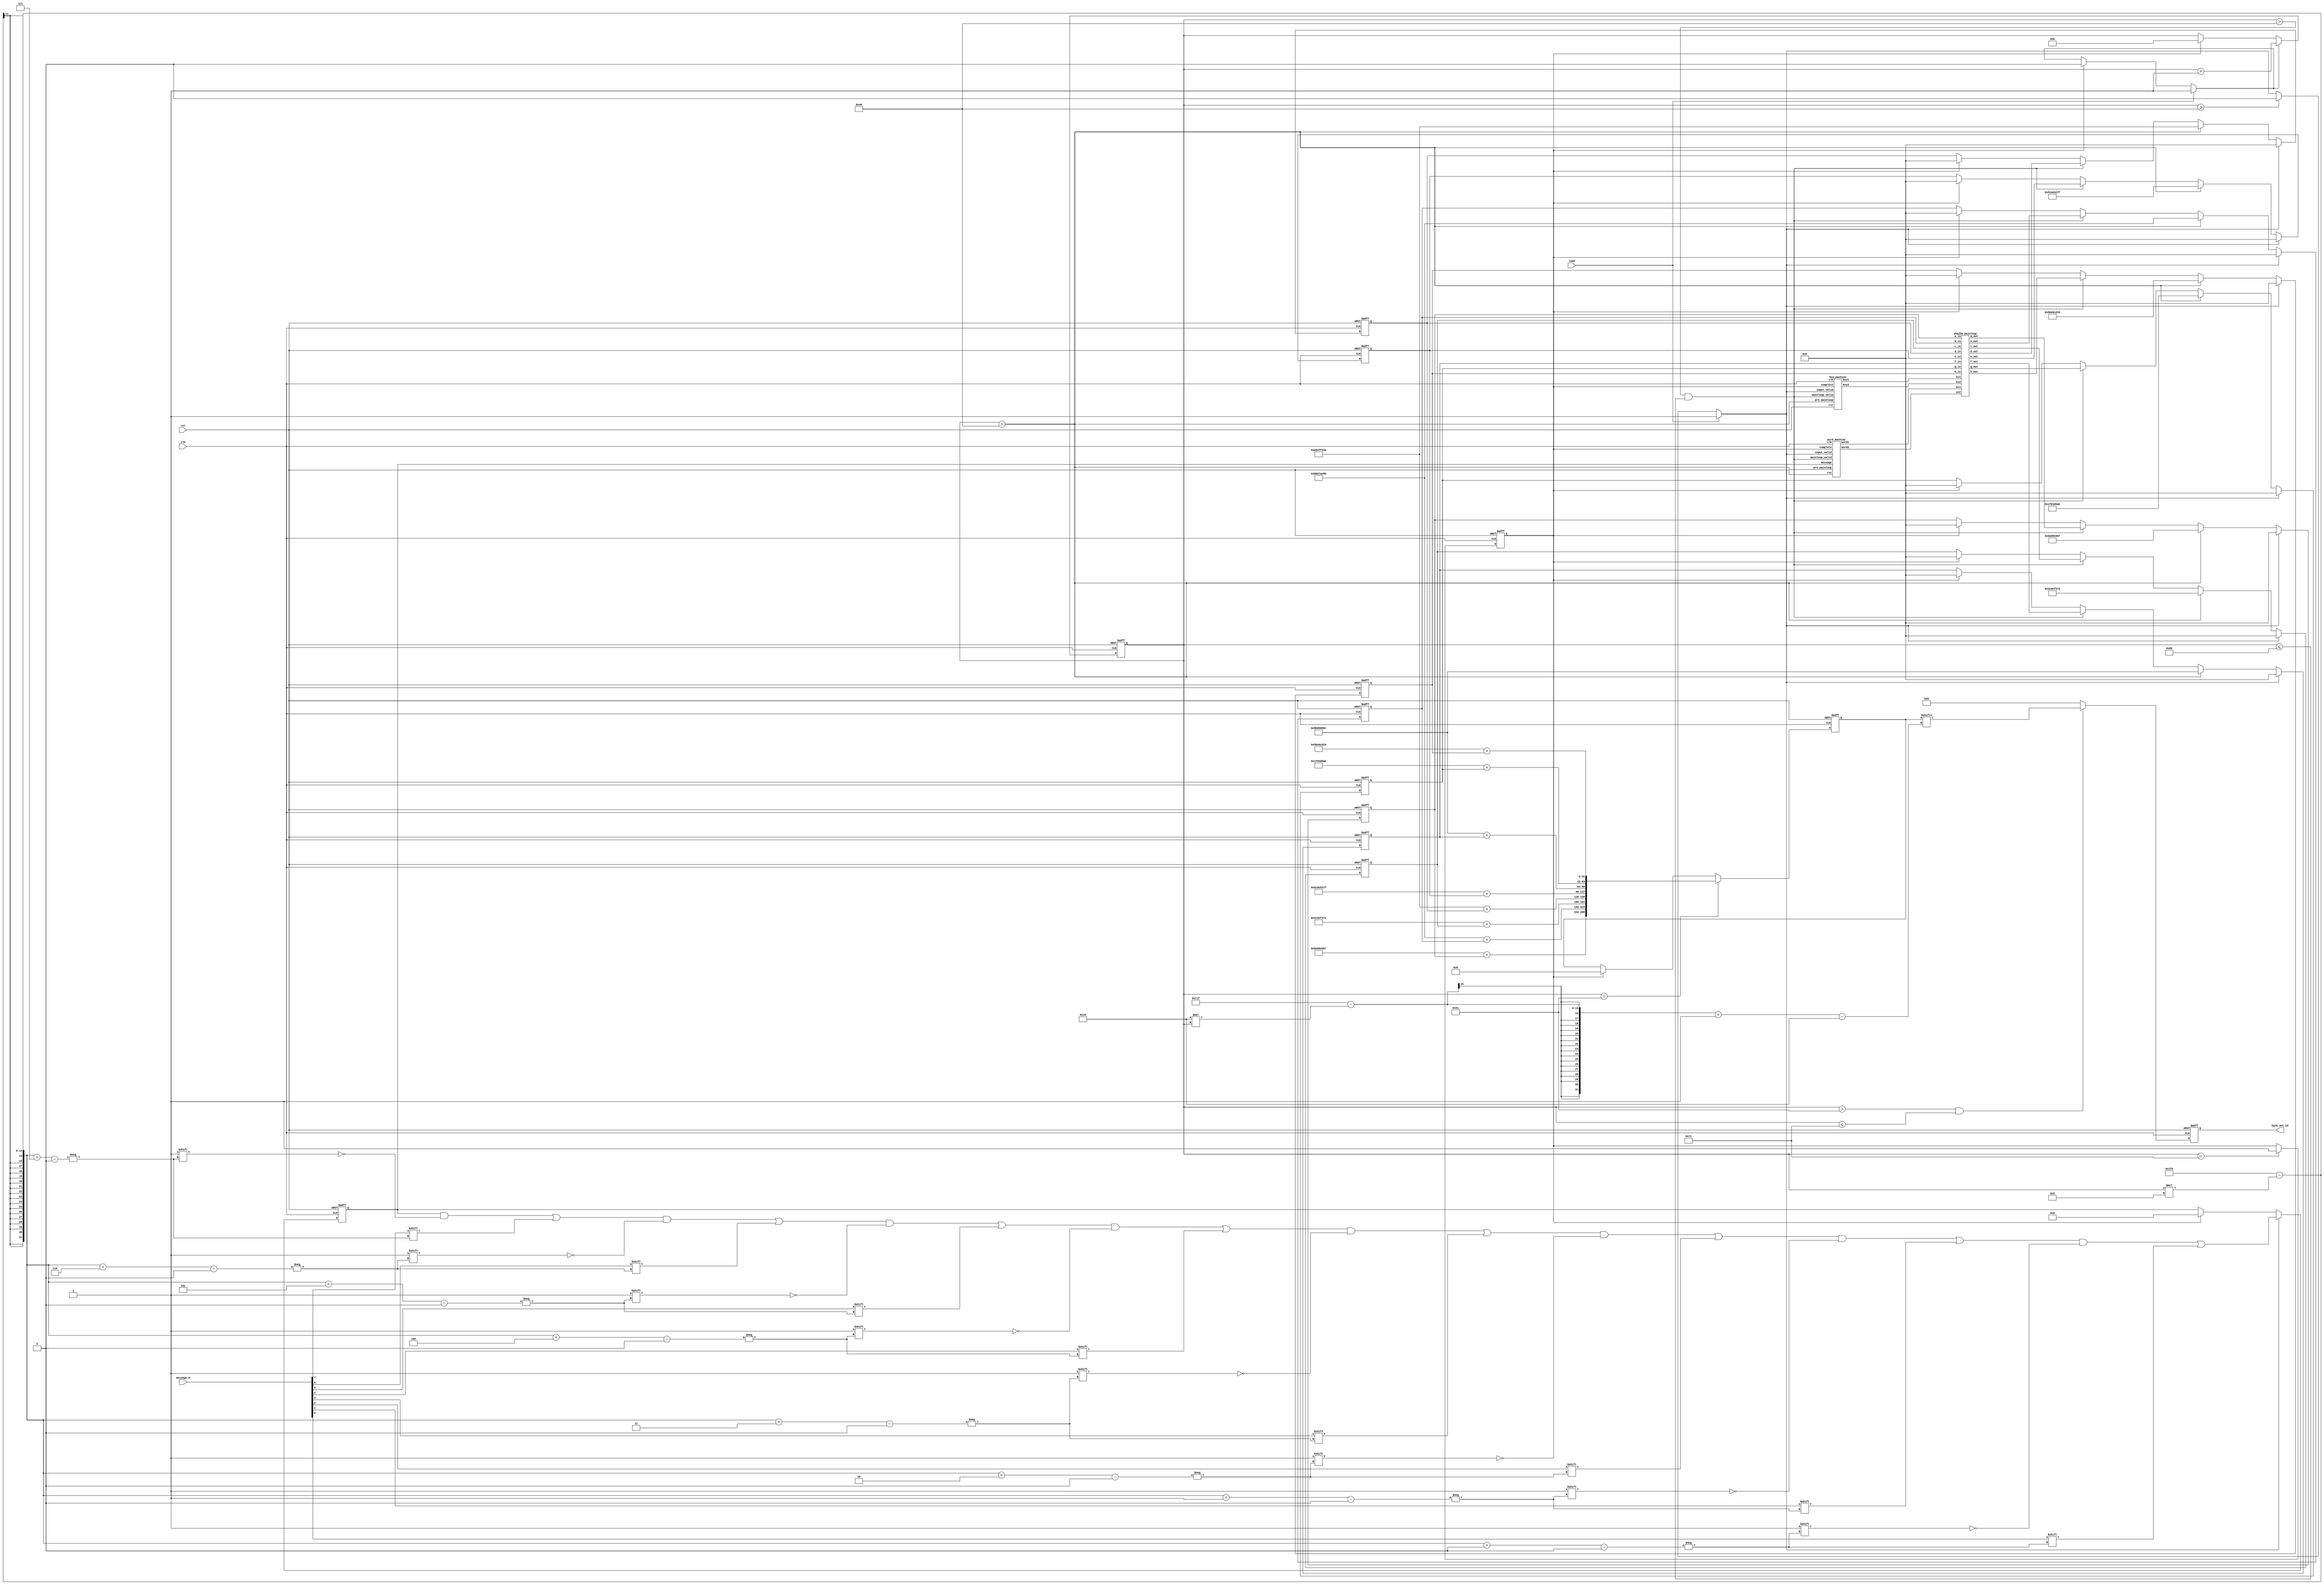
module sha256(clk, rst, load, message_8, hash_out_16);
    input  clk, rst, load;
    input [7:0] message_8;
    output [15:0] hash_out_16;

    reg [15:0] hash_out_16;
    reg [255:0] hash_out;
    reg [511:0] message_pre;
    reg [9:0] round;
    wire [31:0] h0 = 32'h6A09E667, h1 = 32'hBB67AE85, h2 = 32'h3C6EF372, h3 = 32'hA54FF53A;
    wire [31:0] h4 = 32'h510E527F, h5 = 32'h9B05688C, h6 = 32'h1F83D9AB, h7 = 32'h5BE0CD19;
    reg [31:0] a_q, b_q, c_q, d_q, e_q, f_q, g_q, h_q;
    wire [31:0] a_d, b_d, c_d, d_d, e_d, f_d, g_d, h_d;
    wire [31:0] keyi1, wordi1, keyi2, wordi2;
    wire output_valid;
    wire input_valid;
    wire pre_mainloop;
    wire mainloop_valid;
    wire operate_valid;
    reg complete;
    integer i;

    assign output_valid = (round > 97 && round <= 113);
    assign input_valid = load ? 1 : ( round >= 64 ? 0 : input_valid);
    assign mainloop_valid = ( round > 64 && round <= 96 );
    assign pre_mainloop = ( round == 64 );
    assign pre_output = ( round == 97 );
    assign operate_valid = load ? 1 : (complete ? 0 : operate_valid);

    always @(posedge clk or posedge rst)begin
        if (rst) begin
            complete <= 0;
        end
        else if (round == 113) begin
            complete <= 1;
        end
        else begin
            complete <= complete;
        end
    end

    always @(posedge clk or posedge rst) begin
        if (rst) begin
            message_pre <= 0;
        end
        else if (input_valid) begin
            for (i = 7; i >= 0; i = i - 1) begin
                message_pre[504 - round * 8 + i] <= message_8[i];
            end
        end
        else if (complete) begin
            message_pre <= 0;
        end
        else begin
            message_pre <= message_pre;
        end
    end

    always @(posedge clk or posedge rst) begin
        if (rst) begin
            a_q <= 0; b_q <= 0; c_q <= 0; d_q <= 0;
            e_q <= 0; f_q <= 0; g_q <= 0; h_q <= 0;
        end
        else if (input_valid) begin
            a_q <= 0; b_q <= 0; c_q <= 0; d_q <= 0;
            e_q <= 0; f_q <= 0; g_q <= 0; h_q <= 0;
        end
        else if (pre_mainloop) begin
            a_q <= h0; b_q <= h1; c_q <= h2; d_q <= h3;
            e_q <= h4; f_q <= h5; g_q <= h6; h_q <= h7;
        end
        else if (mainloop_valid) begin
            a_q <= a_d; b_q <= b_d; c_q <= c_d; d_q <= d_d;
            e_q <= e_d; f_q <= f_d; g_q <= g_d; h_q <= h_d;
        end
        else if (complete) begin
            a_q <= 0; b_q <= 0; c_q <= 0; d_q <= 0;
            e_q <= 0; f_q <= 0; g_q <= 0; h_q <= 0;
        end
        else begin
            a_q <= a_q; b_q <= b_q; c_q <= c_q; d_q <= d_q;
            e_q <= e_q; f_q <= f_q; g_q <= g_q; h_q <= h_q;
        end
    end

    always @(posedge clk or posedge rst) begin
        if (rst) begin
            hash_out_16 <= 0;
        end
        else if (output_valid) begin
            hash_out_16[15:0] <= hash_out[1823 - 16 * round -:16];
        end
        else if (complete) begin
            hash_out_16 <= 0;
        end
        else begin
            hash_out_16 <= 0;
        end
    end

    always @(posedge clk or posedge rst) begin
        if (rst) begin
            round <= 0;
        end
        else if (operate_valid) begin
            round <= round + 1;
        end
        else if (complete) begin
            round <= 0;
        end
        else begin
            round <= round;
        end
    end

    always @(posedge clk or posedge rst) begin
        if (rst) begin
            hash_out <= 0;
        end
        else if (pre_output) begin
            hash_out <= {h0+a_q, h1+b_q, h2+c_q, h3+d_q, h4+e_q, h5+f_q, h6+g_q, h7+h_q};
        end
        else if (complete) begin
            hash_out <= 0;
        end
        else begin
            hash_out <= hash_out;
        end
    end

    sha256_mainloop sha256_mainloop0(
        .ki1(keyi1), .wi1(wordi1), .ki2(keyi2), .wi2(wordi2),
        .a_in(a_q), .b_in(b_q), .c_in(c_q), .d_in(d_q),
        .e_in(e_q), .f_in(f_q), .g_in(g_q), .h_in(h_q),
        .a_out(a_d), .b_out(b_d), .c_out(c_d), .d_out(d_d),
        .e_out(e_d), .f_out(f_d), .g_out(g_d), .h_out(h_d)
    );
    word_machine word_machine0(.clk(clk), .rst(rst), .input_valid(input_valid), .pre_mainloop(pre_mainloop), .mainloop_valid(mainloop_valid), .complete(complete), .message(message_pre), .word1(wordi1), .word2(wordi2));
    key_machine key_machine0(.clk(clk), .rst(rst), .input_valid(input_valid), .pre_mainloop(pre_mainloop), .mainloop_valid(mainloop_valid), .complete(complete), .key1(keyi1), .key2(keyi2));
endmodule

module sha256_mainloop(ki1, wi1, ki2, wi2, a_in, b_in, c_in, d_in, e_in, f_in, g_in, h_in, a_out, b_out, c_out, d_out, e_out, f_out, g_out, h_out);
    input [31:0] ki1, wi1, ki2, wi2;
    input [31:0] a_in, b_in, c_in, d_in, e_in, f_in, g_in, h_in;
    output [31:0] a_out, b_out, c_out, d_out, e_out, f_out, g_out, h_out;
    wire [31:0] ch1, maj1, S01, S11, t11, t21;
    wire [31:0] ch2, maj2, S02, S12, t12, t22;
    wire [31:0] a_m, b_m, c_m, d_m, e_m, f_m, g_m, h_m;

    assign ch1 = ((e_in & f_in) ^ (~e_in & g_in));
    assign maj1 = (a_in & b_in) ^ (a_in & c_in) ^ (b_in & c_in);
    assign S01 = ({a_in[1:0], a_in[31:2]} ^ {a_in[12:0], a_in[31:13]} ^ {a_in[21:0], a_in[31:22]});
    assign S11 = ({e_in[5:0], e_in[31:6]} ^ {e_in[10:0], e_in[31:11]} ^ {e_in[24:0], e_in[31:25]});
    assign t11 = h_in + S11 + ch1 + ki1 + wi1;
    assign t21 = S01 + maj1;
    assign a_m = t11 + t21;
    assign b_m = a_in;
    assign c_m = b_in;
    assign d_m = c_in;
    assign e_m = d_in + t11;
    assign f_m = e_in;
    assign g_m = f_in;
    assign h_m = g_in;

    assign ch2 = ((e_m & f_m) ^ (~e_m & g_m));
    assign maj2 = (a_m & b_m) ^ (a_m & c_m) ^ (b_m & c_m);
    assign S02 = ({a_m[1:0], a_m[31:2]} ^ {a_m[12:0], a_m[31:13]} ^ {a_m[21:0], a_m[31:22]});
    assign S12 = ({e_m[5:0], e_m[31:6]} ^ {e_m[10:0], e_m[31:11]} ^ {e_m[24:0], e_m[31:25]});
    assign t12 = h_m + S12 + ch2 + ki2 + wi2;
    assign t22 = S02 + maj2;
    assign a_out = t12 + t22;
    assign b_out = a_m;
    assign c_out = b_m;
    assign d_out = c_m;
    assign e_out = d_m + t12;
    assign f_out = e_m;
    assign g_out = f_m;
    assign h_out = g_m;
endmodule

module word_machine(clk, rst, input_valid, pre_mainloop, mainloop_valid, complete, message, word1, word2);
    input clk, rst;
    input input_valid, pre_mainloop, mainloop_valid, complete;
    input [511:0] message;
    output [31:0] word1, word2;
    wire [31:0] word_i_2, word_i_15, word_i_7, word_i_16, word_next1, s01, s11;
    wire [31:0] word_i_1, word_i_14, word_i_6, word_next2, s02, s12;
    reg [511:0] wordstack_q;
    wire [511:0] wordstack_d;

    assign word_i_2 = wordstack_q[63:32];
    assign word_i_15 = wordstack_q[479:448];
    assign word_i_7 = wordstack_q[223:192];
    assign word_i_16 = wordstack_q[511:480];
    assign word_next1 = s11 + word_i_7 + s01 + word_i_16;
    assign s01 = ({word_i_15[6:0], word_i_15[31:7]} ^ {word_i_15[17:0], word_i_15[31:18]} ^ (word_i_15 >> 3));
    assign s11 = ({word_i_2[16:0], word_i_2[31:17]} ^ {word_i_2[18:0], word_i_2[31:19]} ^ (word_i_2 >> 10));
    assign word1 = wordstack_q[511:480];

    assign word_i_1 = wordstack_q[31:0];
    assign word_i_14 = wordstack_q[447:416];
    assign word_i_6 = wordstack_q[191:160];
    assign word_next2 = s12 + word_i_6 + s02 + word_i_15;
    assign s02 = ({word_i_14[6:0], word_i_14[31:7]} ^ {word_i_14[17:0], word_i_14[31:18]} ^ (word_i_14 >> 3));
    assign s12 = ({word_i_1[16:0], word_i_1[31:17]} ^ {word_i_1[18:0], word_i_1[31:19]} ^ (word_i_1 >> 10));
    assign word2 = wordstack_q[479:448];

    assign wordstack_d = {wordstack_q[447:0], word_next1, word_next2};
    always @(posedge clk or posedge rst)
    begin
        if (rst) begin
            wordstack_q <= 0;
        end
        else if (input_valid) begin
            wordstack_q <= 0;
        end
        else if (pre_mainloop) begin
            wordstack_q <= message;
        end
        else if (mainloop_valid) begin
            wordstack_q <= wordstack_d;
        end
        else if (complete) begin
            wordstack_q <= wordstack_d;
        end
        else begin
            wordstack_q <= wordstack_q;
        end
    end
endmodule

module key_machine(clk, rst, input_valid, pre_mainloop, complete, mainloop_valid, key1, key2);
    input clk, rst;
    input input_valid, pre_mainloop, mainloop_valid, complete;
    output [31:0] key1, key2;
    reg [2047:0] key_q;
    wire [2047:0] key_d;

    assign key_d = {key_q[1983:0], key_q[2047:2016], key_q[2015:1984]};
    assign key1 = key_q[2047:2016];
    assign key2 = key_q[2015:1984];

    always @(posedge clk or posedge rst)
    begin
        if (rst) begin
            key_q <= 0;
        end
        else if (input_valid) begin
            key_q <= 0;
        end
        else if (pre_mainloop) begin
            key_q <= {
                32'h428a2f98, 32'h71374491, 32'hb5c0fbcf, 32'he9b5dba5,
                32'h3956c25b, 32'h59f111f1, 32'h923f82a4, 32'hab1c5ed5,
                32'hd807aa98, 32'h12835b01, 32'h243185be, 32'h550c7dc3,
                32'h72be5d74, 32'h80deb1fe, 32'h9bdc06a7, 32'hc19bf174,
                32'he49b69c1, 32'hefbe4786, 32'h0fc19dc6, 32'h240ca1cc,
                32'h2de92c6f, 32'h4a7484aa, 32'h5cb0a9dc, 32'h76f988da,
                32'h983e5152, 32'ha831c66d, 32'hb00327c8, 32'hbf597fc7,
                32'hc6e00bf3, 32'hd5a79147, 32'h06ca6351, 32'h14292967,
                32'h27b70a85, 32'h2e1b2138, 32'h4d2c6dfc, 32'h53380d13,
                32'h650a7354, 32'h766a0abb, 32'h81c2c92e, 32'h92722c85,
                32'ha2bfe8a1, 32'ha81a664b, 32'hc24b8b70, 32'hc76c51a3,
                32'hd192e819, 32'hd6990624, 32'hf40e3585, 32'h106aa070,
                32'h19a4c116, 32'h1e376c08, 32'h2748774c, 32'h34b0bcb5,
                32'h391c0cb3, 32'h4ed8aa4a, 32'h5b9cca4f, 32'h682e6ff3,
                32'h748f82ee, 32'h78a5636f, 32'h84c87814, 32'h8cc70208,
                32'h90befffa, 32'ha4506ceb, 32'hbef9a3f7, 32'hc67178f2
            };
        end
        else if (mainloop_valid) begin
            key_q <= key_d;
        end
        else if (complete) begin
            key_q <= 0;
        end
        else begin
            key_q <= key_q;
        end
    end
endmodule